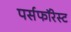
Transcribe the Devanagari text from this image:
पर्सफॉरेस्ट